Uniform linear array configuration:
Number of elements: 12
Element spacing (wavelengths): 1
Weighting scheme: uniform
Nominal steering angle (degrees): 60
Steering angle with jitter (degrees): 58.074
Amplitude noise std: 0.05
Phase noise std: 0.05

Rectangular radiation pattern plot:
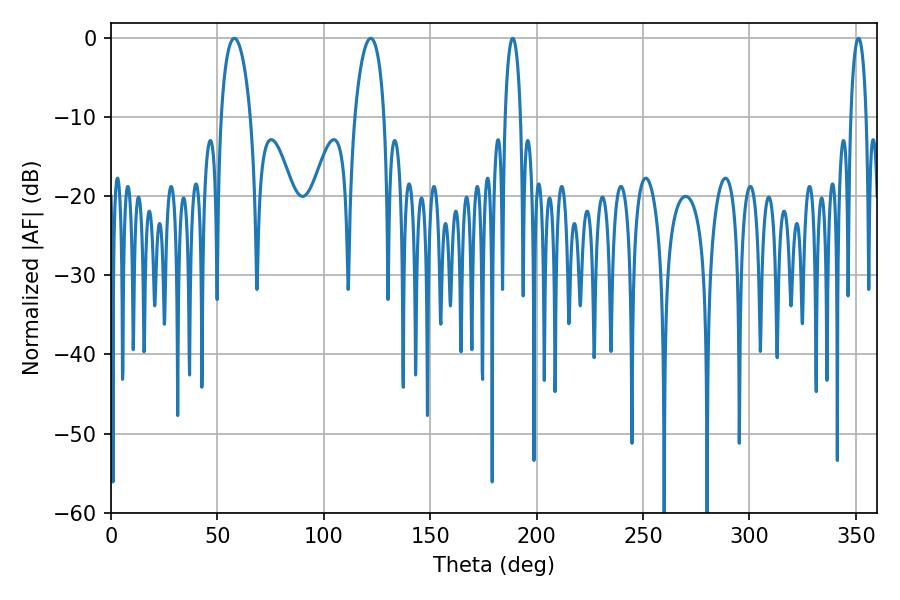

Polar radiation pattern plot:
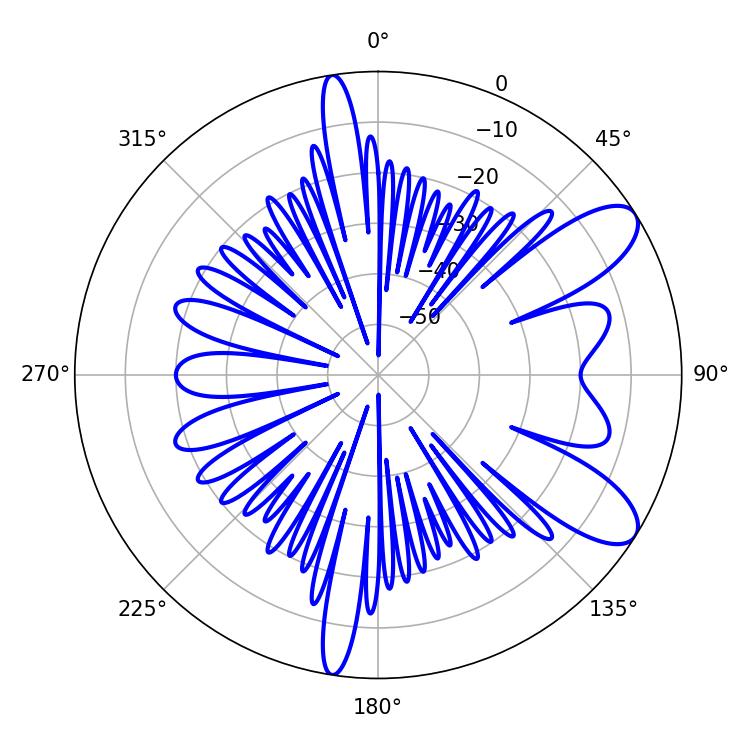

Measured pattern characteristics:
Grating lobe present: TRUE
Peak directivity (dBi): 9.271
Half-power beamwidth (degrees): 7.92
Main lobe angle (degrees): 57.96